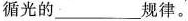
循光的___规律。